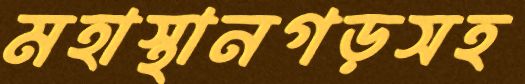
মহাস্থানগড়সহ